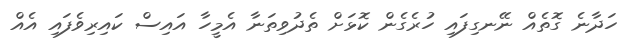
ހަދާނެ ގޮތެއް ނޭނގިފައި ހުރެގެން ކޮޅަށް ތެދުވިތަނާ އެމީހާ އައިސް ކައިރިވެފައި އެއް